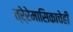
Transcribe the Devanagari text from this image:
त्रे्रेमासिकाचेही